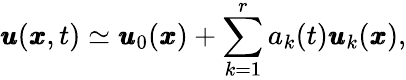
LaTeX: \pmb{u}(\pmb{x},t)\simeq\pmb{u}_{0}(\pmb{x})+\sum_{k=1}^{r}a_{k}(t)\pmb{u}_{k}(\pmb{x}),